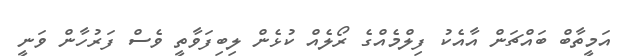
އަމީތާބް ބައްޗަން އާއެކު ފިލްމެއްގެ ރޯލެއް ކުޅެން ލިބިފަވާތީ ވެސް ފަރުހާން ވަނީ